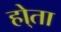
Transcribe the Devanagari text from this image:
हो्ता